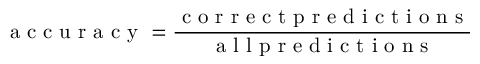
\mathrm { ~ a ~ c ~ c ~ u ~ r ~ a ~ c ~ y ~ } = \frac { \mathrm { ~ c ~ o ~ r ~ r ~ e ~ c ~ t ~ p ~ r ~ e ~ d ~ i ~ c ~ t ~ i ~ o ~ n ~ s ~ } } { \mathrm { ~ a ~ l ~ l ~ p ~ r ~ e ~ d ~ i ~ c ~ t ~ i ~ o ~ n ~ s ~ } }